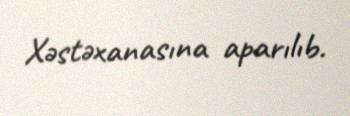
Xəstəxanasına aparılıb.